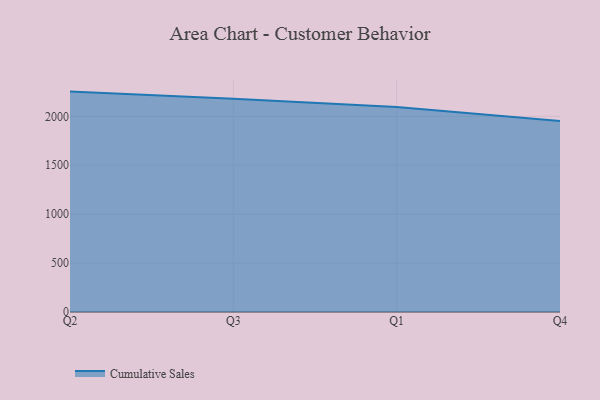
{"axis": {"x": "Quarter", "y": "Headcount"}, "legend": ["Cumulative Sales"], "data": [{"x": "Q2", "y": 2252.5, "type": "Cumulative Sales"}, {"x": "Q3", "y": 2180.1, "type": "Cumulative Sales"}, {"x": "Q1", "y": 2094.7, "type": "Cumulative Sales"}, {"x": "Q4", "y": 1952.9, "type": "Cumulative Sales"}]}